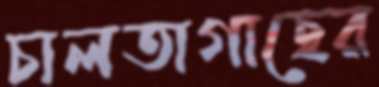
চালতাগাছের